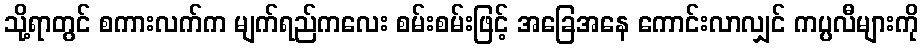
သို့ရာတွင် စကားလက်က မျက်ရည်ကလေး စမ်းစမ်းဖြင့် အခြေအနေ ကောင်းလာလျှင် ကပ္ပလီများကို